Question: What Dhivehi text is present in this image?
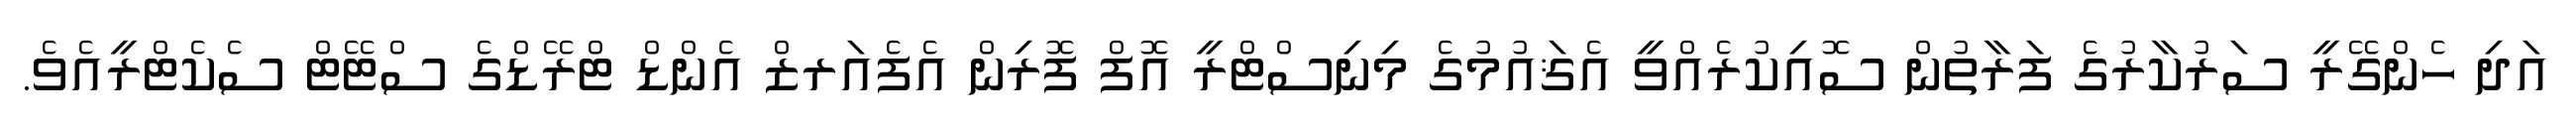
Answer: އަދި ހެންގޭރީ ސަރުކާރުގެ ފަރާތުން ސޮއިކުރެއްވީ އެޤައުމުގެ މިނިސްޓްރީ އޮފް ފޮރިން އެފެއަރޒް އެންޑް ޓްރޭޑްގެ ސްޓޭޓް ސެކެޓްރީއެވެ.